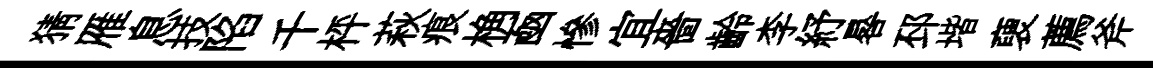
猜雁息技陷千枰萩痕桷凾慘宜嗇齡李紓晷邳堦褏薦斧